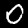
Label: 0